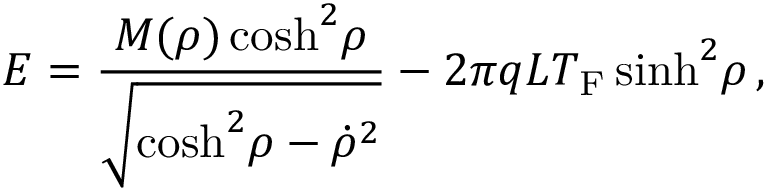
E = { \frac { M ( \rho ) \cosh ^ { 2 } \! \rho } { \sqrt { \cosh ^ { 2 } \! \rho - { \dot { \rho } } ^ { 2 } } } } - { 2 \pi q L T _ { \mathrm { F } } } \sinh ^ { 2 } \! \rho \, ,